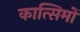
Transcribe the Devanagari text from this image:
कात्सिमों